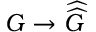
G \to { \widehat { \widehat { G } } }